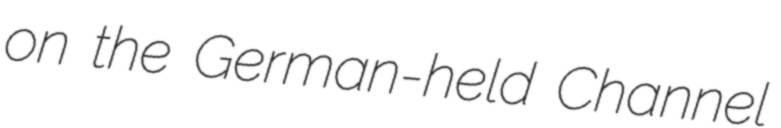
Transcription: on the German-held Channel